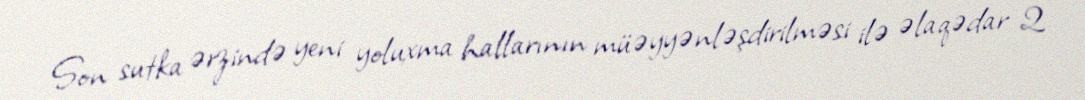
Son sutka ərzində yeni yoluxma hallarının müəyyənləşdirilməsi ilə əlaqədar 2